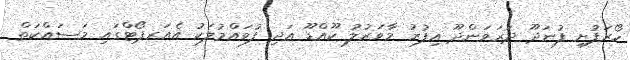
ހޯރަފުށި ފުނަދޫ ދަރަވަންދޫ އިފުރު މާވަރުލު ކޫއްޑޫ އަދި ފުވައްމުލަކު އެއަރޕޯޓްގައި މަސައްކަތް